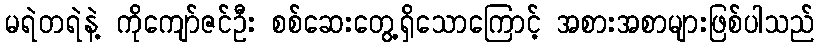
မရဲတရဲနဲ့ ကိုကျော်ဇင်ဦး စစ်ဆေးတွေ့ရှိသောကြောင့် အစားအစာများဖြစ်ပါသည်